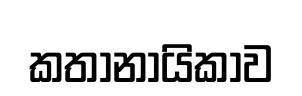
කතානායිකාව